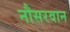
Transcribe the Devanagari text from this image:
नौसरवान